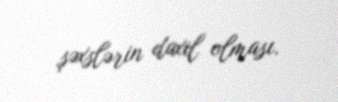
şəxslərin daxil olması.